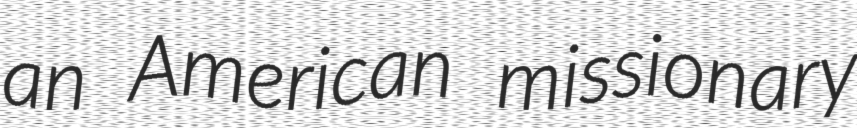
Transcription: an American missionary